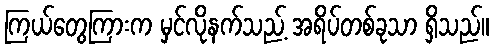
ကြယ်တွေကြားက မှင်လိုနက်သည့် အရိပ်တစ်ခုသာ ရှိသည်။